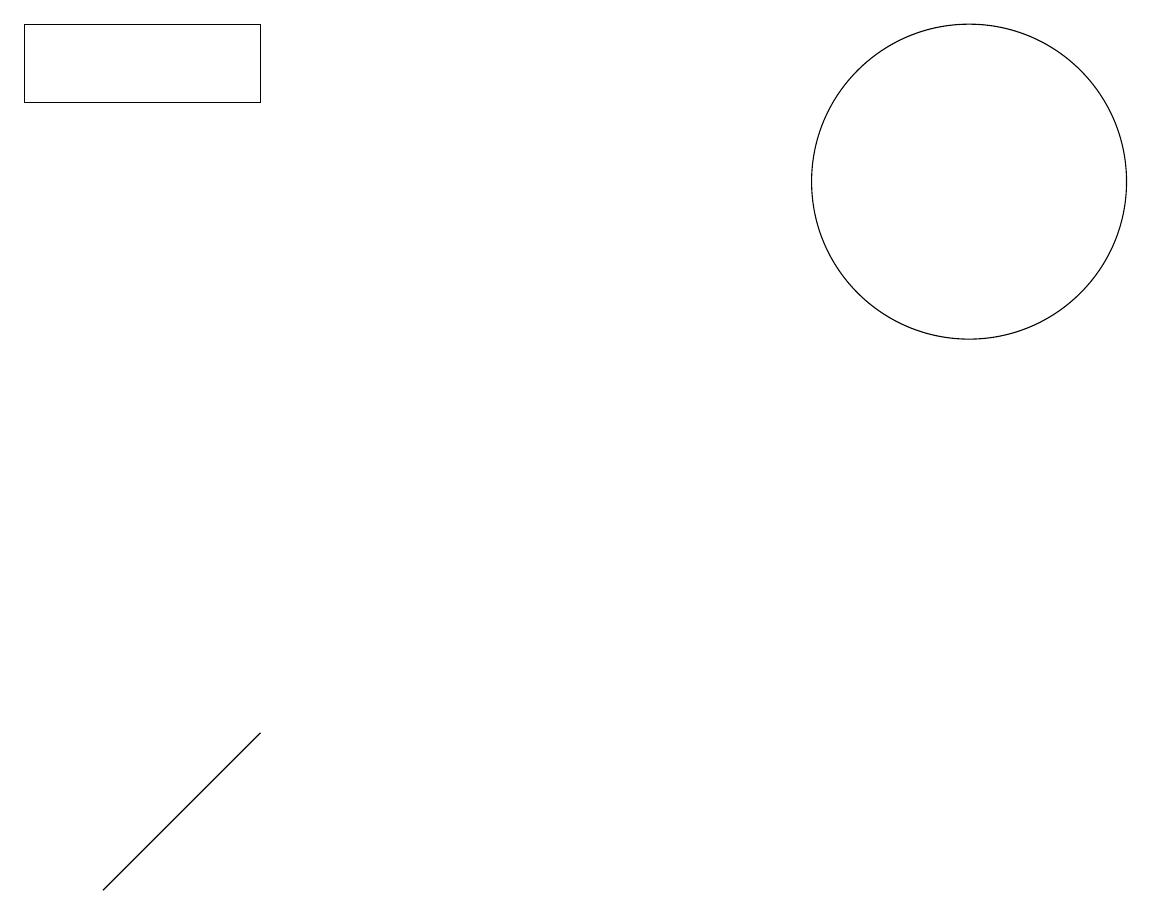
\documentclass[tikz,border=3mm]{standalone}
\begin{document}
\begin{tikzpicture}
\draw (0,12) rectangle (3,13);
\draw (1,2) -- (3,4) -- (1,2) -- cycle;
\draw (12,11) circle (2);
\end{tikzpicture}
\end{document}